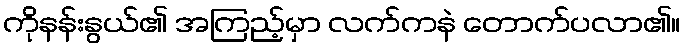
ကိုနန်းနွယ်၏ အကြည့်မှာ လက်ကနဲ တောက်ပလာ၏။